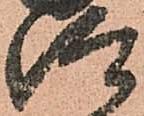
仰